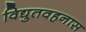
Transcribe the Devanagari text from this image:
विद्युतवहनास